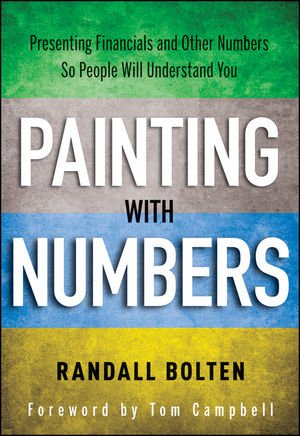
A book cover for Painting with Numbers: Presenting Financials and Other Numbers So People Will Understand You; Randall Bolten; Business & Money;